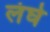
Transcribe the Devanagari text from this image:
लंघे